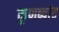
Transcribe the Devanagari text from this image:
कुणब्यांत